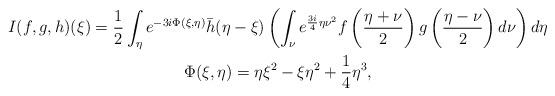
LaTeX: \begin{gather*} I(f,g,h)(\xi) = \frac{1}{2}\int_\eta e^{-3i \Phi(\xi,\eta)} \bar h(\eta- \xi) \left( \int_\nu e^{ \frac {3i} 4 \eta \nu^2} f \left( \frac{\eta + \nu}{2} \right) g \left( \frac{\eta - \nu}{2} \right) d\nu \right) d\eta \\ \Phi(\xi,\eta) = \eta \xi^2 - \xi \eta^2 + \frac 1 4 \eta^3,\end{gather*}